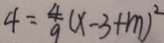
4 = \frac { 4 } { 9 } ( x - 3 + m ) ^ { 2 }